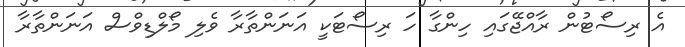
އެ ރިސޯޓުން ރާއްޖޭގައި ހިންގާ ހަ ރިސޯޓަކީ އަނަންތާރާ ވެލި މޯލްޑިވްސް އަނަންތާރާ